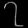
Digit: ၇